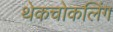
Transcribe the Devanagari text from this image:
थेकचोकलिंग